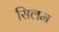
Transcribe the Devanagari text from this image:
सिलम